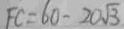
F C = 6 0 - 2 0 \sqrt { 3 }